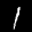
Digit: 1